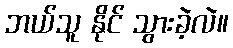
ဘယ်သူ နိုင် သွားခဲ့လဲ။